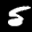
Label: 5